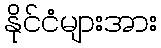
နိုင်ငံများအား